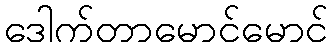
ဒေါက်တာမောင်မောင်